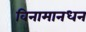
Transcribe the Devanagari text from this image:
विनामानधन